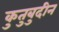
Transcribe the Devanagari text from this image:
कुतुबुदीन